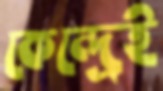
কেন্দ্রেই